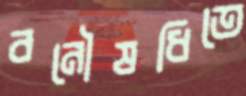
বনৌষধিতে